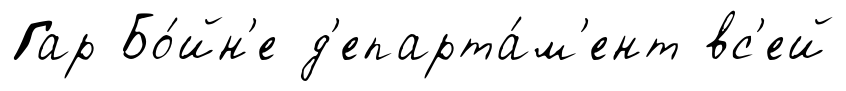
Гар Бо́йн'е д'епарта́м'ент вс'ей